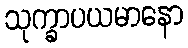
သုက္ခာပယမာနော